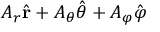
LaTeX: A _ { r } { \hat { \mathbf { r } } } + A _ { \theta } { \hat { \boldsymbol { \theta } } } + A _ { \varphi } { \hat { \boldsymbol { \varphi } } }